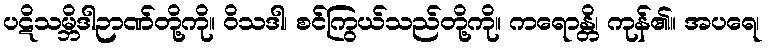
ပဋိသမ္ဘိဒါဉာဏ်တို့ကို။ ဝိသဒါ၊ စင်ကြွယ်သည်တို့ကို။ ကရောန္တိ၊ ကုန်၏။ အပရေ၊